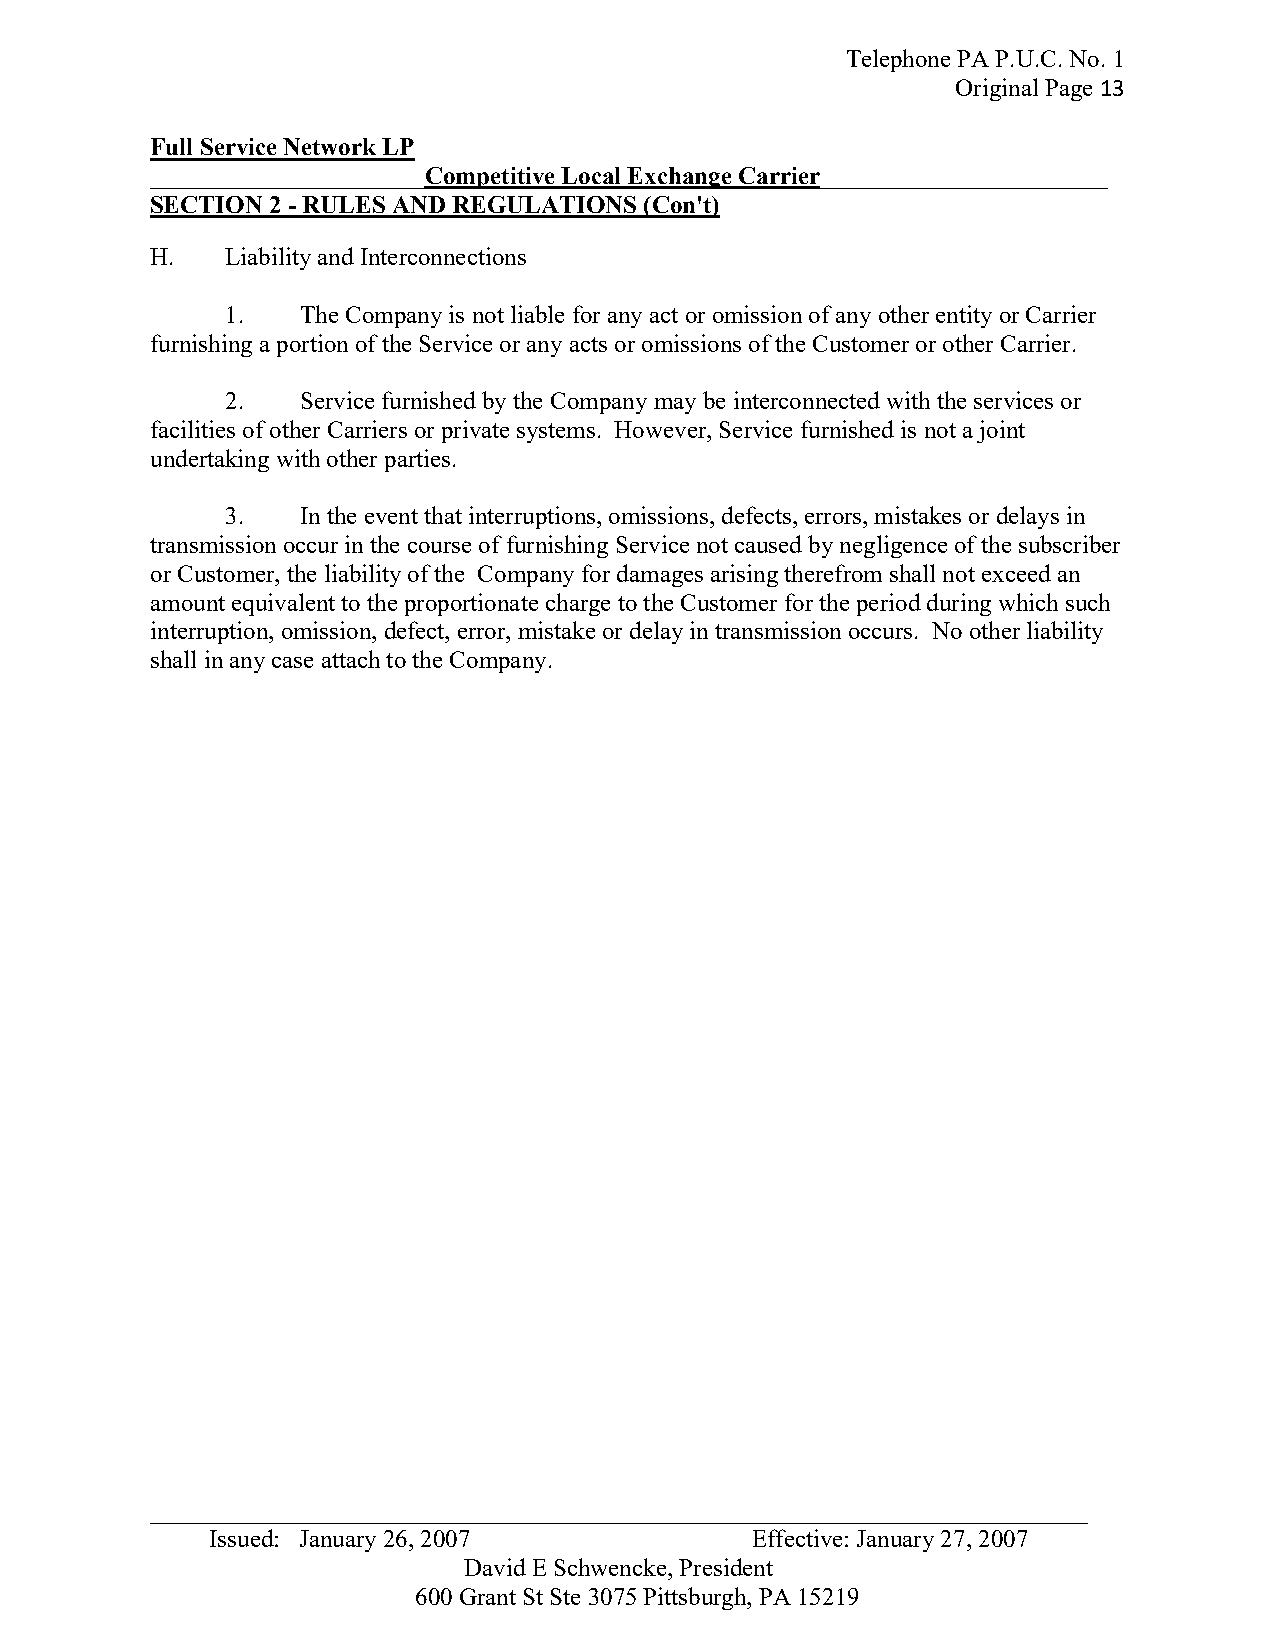
Telephone PA P.U.C. No. 1
 Original Page 13
 Full Service Network LP
 ______________________Competitive Local Exchange Carrier_______________________
 SECTION 2 - RULES AND REGULATIONS (Con't)
 H.   Liability and Interconnections
 1.   The Company is not liable for any act or omission of any other entity or Carrier
 furnishing a portion of the Service or any acts or omissions of the Customer or other Carrier.
 2.   Service furnished by the Company may be interconnected with the services or
 facilities of other Carriers or private systems. However, Service furnished is not a joint
 undertaking with other parties.
 3.   In the event that interruptions, omissions, defects, errors, mistakes or delays in
 transmission occur in the course of furnishing Service not caused by negligence of the subscriber
 or Customer, the liability of the Company for damages arising therefrom shall not exceed an
 amount equivalent to the proportionate charge to the Customer for the period during which such
 interruption, omission, defect, error, mistake or delay in transmission occurs. No other liability
 shall in any case attach to the Company.
 _ __________________________________________________________________________
 Issued: January 26, 2007            Effective: January 27, 2007
 David E Schwencke, President
 600 Grant St Ste 3075 Pittsburgh, PA 15219